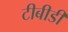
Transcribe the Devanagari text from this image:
टीबीडी